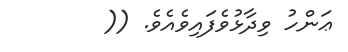
ޢަންހު ވިދާޅުވެފައިވެއެވެ. ((